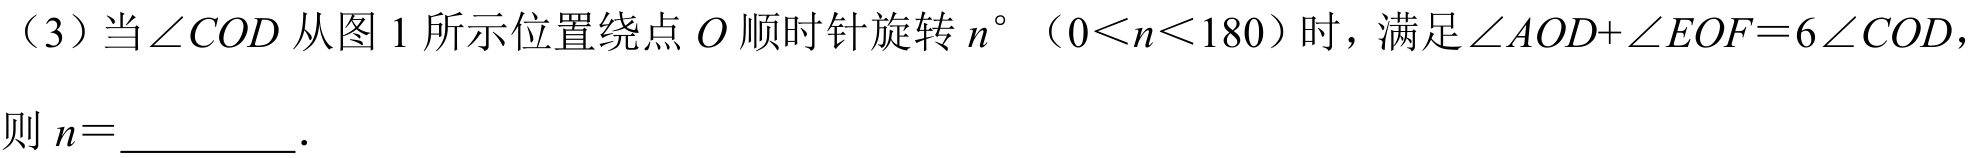
（3）当\(\angle COD\)从图1所示位置绕点\(O\)顺时针旋转\(n^{\circ}\)（\(0 < n < 180\)）时，满足\(\angle AOD+\angle EOF = 6\angle COD\)，
则\(n = \_\_\_\_\_\).